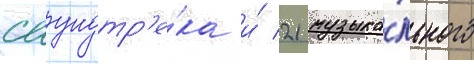
саундтр'е́ка и́ 21 музыка́льного